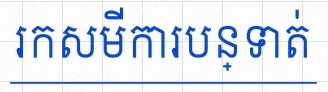
រកសមីការបន្ទាត់